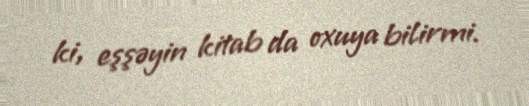
ki, eşşəyin kitab da oxuya bilirmi.